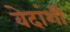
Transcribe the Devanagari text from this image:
वेदांशीं